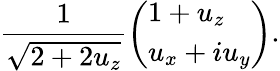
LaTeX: {\frac{1}{\sqrt{2+2u_{z}}}}{\left(\begin{array}{l}{1+u_{z}}\\ {u_{x}+iu_{y}}\end{array}\right)}.